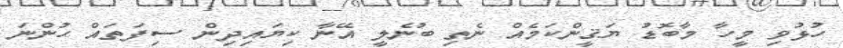
ހުޅުވި މީހާ މާބޮޑު ޔަޤީންކަމެއް ނެތި ބުނެލީ އޭނާ ކިޔައިދިން ސިފަތައް ހުންނަ